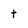
Character: t